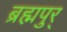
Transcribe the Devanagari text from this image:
ब्रह्मपुर्